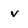
Character: v